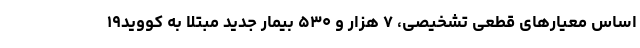
اساس معیارهای قطعی تشخیصی، ۷ هزار و ۵۳۰ بیمار جدید مبتلا به کووید۱۹